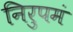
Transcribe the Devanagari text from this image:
निरुपमं